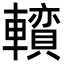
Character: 𨏅